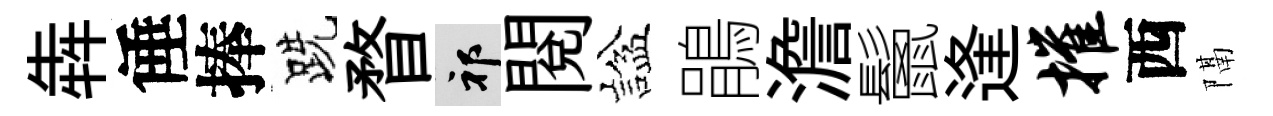
犇倕捧跣瞀祁閲諡鵑澹鬛逢摧西隔